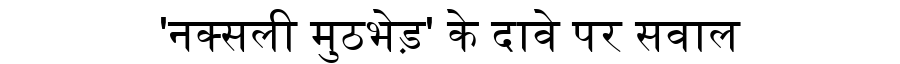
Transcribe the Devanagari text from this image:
'नक्सली मुठभेड़' के दावे पर सवाल